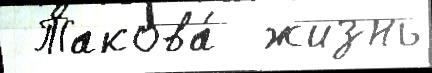
 Такова́  жизнь